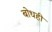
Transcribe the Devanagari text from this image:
बोधही